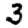
Digit: 3